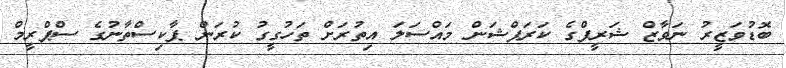
ބޮޑުވަޒީރު ނަވާޒް ޝަރީފްގެ ކަރަޕްޝަން މައްސަލަ އިތުރަށް ތަހުގީގު ކުރަން ޕާކިސްތާނުގެ ސްޕްރީމް